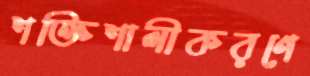
শক্তিশালীকরণে